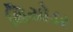
થિયોડર